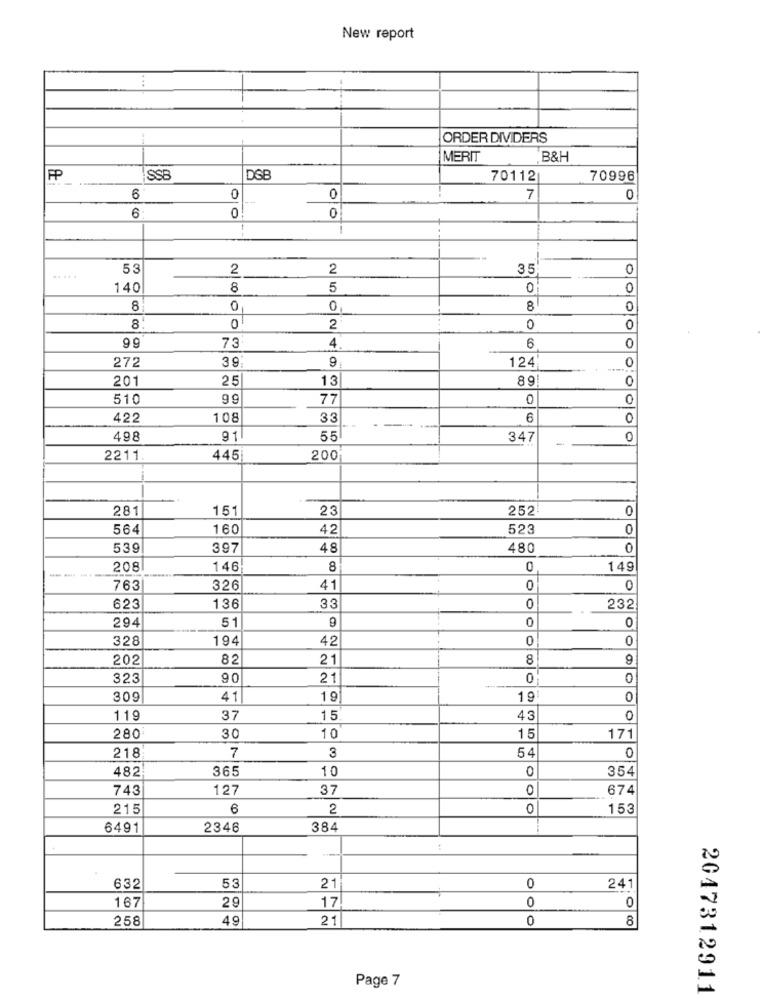
New report
...
ORDER DIVIDERS
MERIT
B&H
SSB
DSB
70112
70996
6
0
0
7
0
0
6
0!
--
53
2
2
35
0
140
8
5
0
0
8
0
0,
8
0
01
CO
2
0
0
99
4
73
6
0
39
272
124
0
201
25
13
89
0
510
99
77
0
422
108
33
6
00
498
91
55
347
0
2211
445
200
281
151
23
252
0
564
160
42
523
0
539
39
48
480
0
208
146
8
0
149
763
326
41
0
0
623
136
33
0
232
294
51
9
0
0
328
194
42
0
0
8
202
82
21
323
90
21
0
309
41
19
19
0
119
37
15
43
0
280
30
10
15
171
7
3
54
218
0
482
365
10
0
354
743
127
37
0
674
215
6
2
0
15
6491
2346
384
53
0
632
21
241
167
29
17
0
0
258
49
21
0
8
Page 7
2047312911